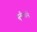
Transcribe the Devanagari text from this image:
सुनीताने